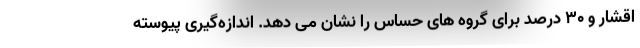
اقشار و ۳۰ درصد برای گروه های حساس را نشان می دهد. اندازه‌گیری پیوسته